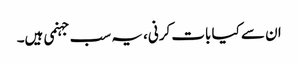
ان سے کیا بات کرنی، یہ سب جہنمی ہیں۔